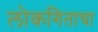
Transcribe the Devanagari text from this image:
लोकगिताचा